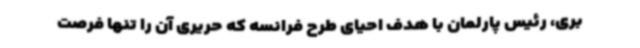
بری، رئیس پارلمان با هدف احیای طرح فرانسه که حریری آن را تنها فرصت